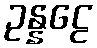
ဥန္နဠေ